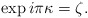
\begin{align*}\exp i \pi \kappa = \zeta.\end{align*}